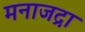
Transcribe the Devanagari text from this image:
मनाजद्रा